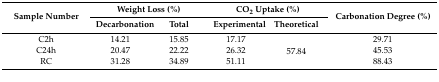
| <ROWSPAN=2> Sample Number | <COLSPAN=2> Weight Loss (%) | <COLSPAN=2> CO2 Uptake (%) | <ROWSPAN=2> Carbonation Degree (%) |
 | Decarbonation | Total | Experimental | Theoretical |
 | --- | --- | --- | --- | --- | --- |
 | C2h | 14.21 | 15.85 | 17.17 | <ROWSPAN=3> 57.84 | 29.71 |
 | C24h | 20.47 | 22.22 | 26.32 | 45.53 |
 | RC | 31.28 | 34.89 | 51.11 | 88.43 |